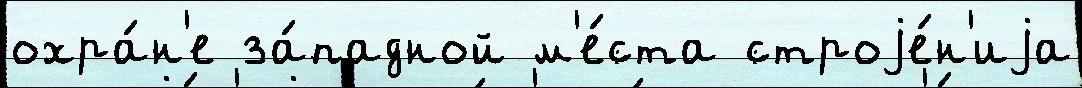
охра́н'е за́падной м'е́ста строjе́н'иjа